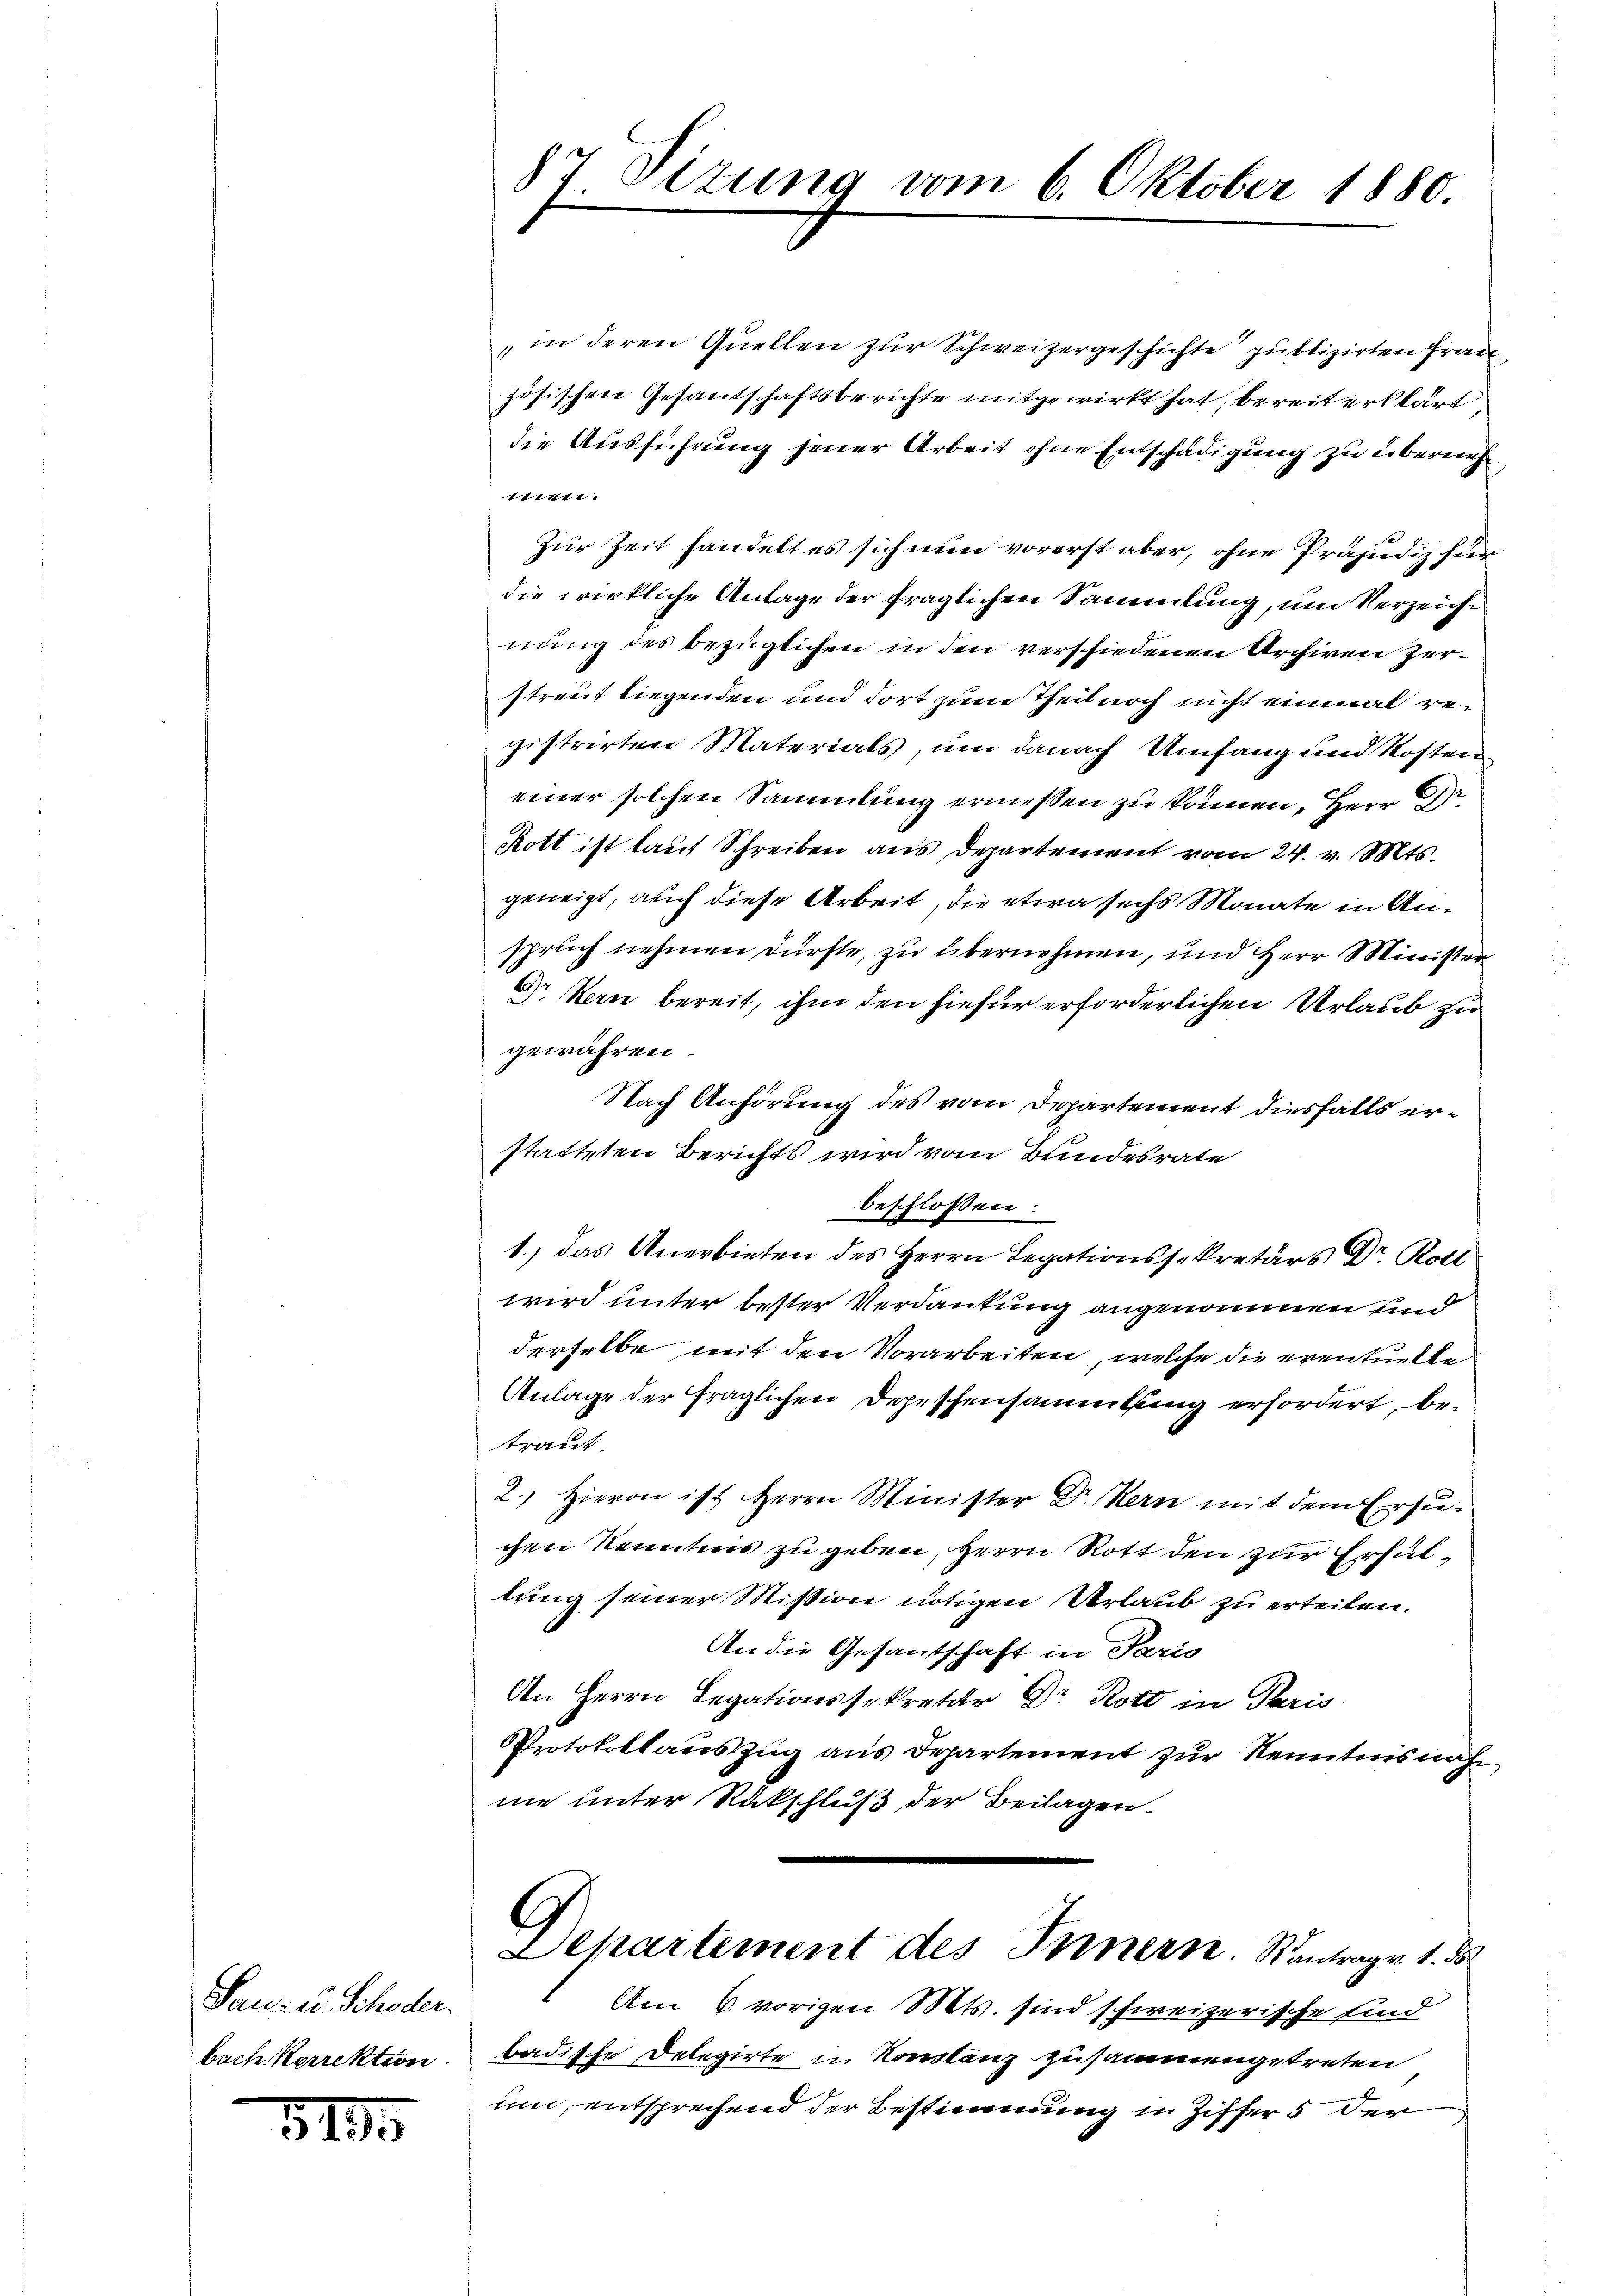
Sau- u. Schöder.
bach Sorrektion

3195

87 Sizung vom 6. Oktober 1880.

„in deren Quellen zur Schweizergeschichte publizirten Frauzösischen Gesandschaftsberichte mitgewirkt hat, bereit erklärt
die Ausführung jener Arbeit ohne Entschädigung zu übernehe
mien.
Zur Zeit handelt es sich nun vorerst aber, ohne Präjudiz für
die wirkliche Anlage der fraglichen Sammlung, um Verzeichnung des bezüglichen in den verschiedenen Archiven Zerstreit liegenden und dort zum Theil noch nicht einmal registrirten Materials, um danach Umfang und Kosten
einer solchen Sammlung ermessen zu können, Herr D
Rott ist laut Schreiben aus Departement vom 24. v. Mts.
geneigt, auch diese Arbeit, die etwa sechs Monate in Anspruch nehmen dürfte, zu übernehmen, und Herr Minister
Dr Kern bereit, ihm den hiefür erforderlichen Urlaub zu
gewähren.
Nach Anhörung des vom Departement diesfalls erstatteten Berichts wird vom Bundesrate
beschlossen:
1.) das Anerbieten des Herrn Legationssekretärs Dr. Rott
wird unter bester Verdankung angenommen und
derselbe mit den Vorarbeiten, welche die eventuelle
Anlage der fraglichen Depeschensammtung erfordert, betraut.
2.) Hievon ist Herrn Minister Dr. Kern mit dem Ersuchen Kenntnis zu geben, Herrn Rott den zur Erfüllung seiner Mission nötigen Urlaub zu erteilen.
An die Gesantschaft in Paris
An Herrn Legationssekretär Dr. Rott in Paris
Protokollauszug aus Departement zur Kenntnisnah
ne unter Rückschluß der Beilagen.
C
Departement des Innern Kantrag v. 1. ds
Am 6. vorigen Mts. sind schweizerische sind
badische Delegirte in Konstanz zusammengetreten
um, entsprechend der Bestimmung in Ziffers der